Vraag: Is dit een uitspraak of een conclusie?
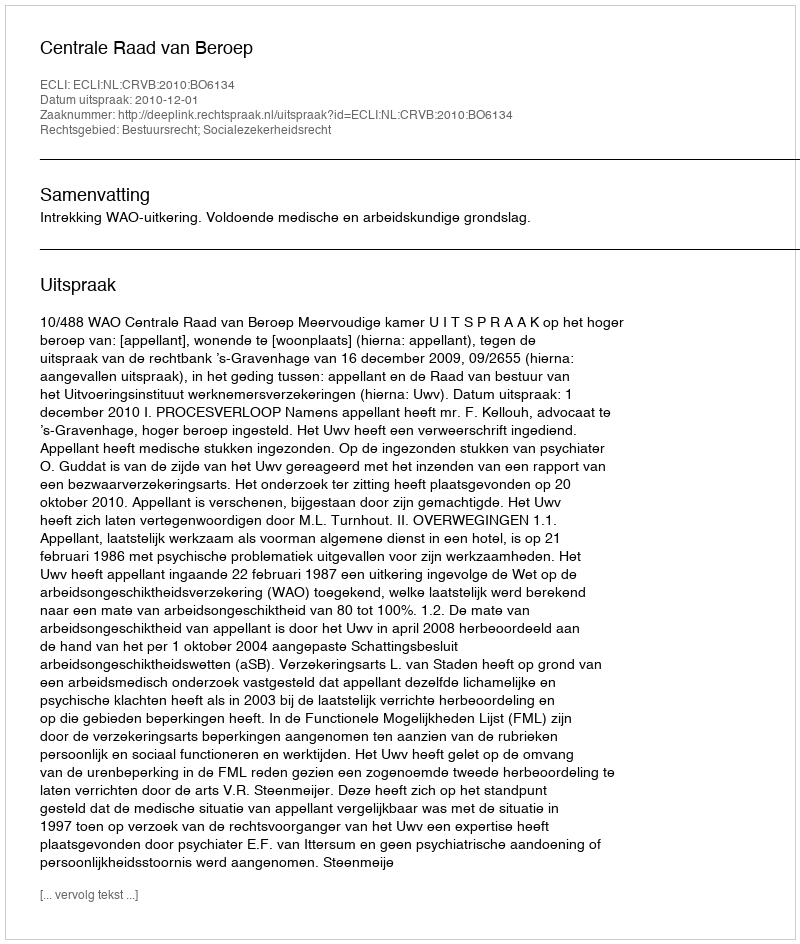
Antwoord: Uitspraak